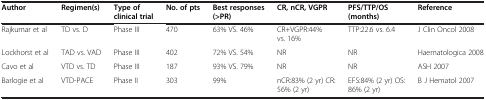
| Author | Regimen(s) | Type of clinical trial | No. of pts | Best responses (>PR) | CR, nCR, VGPR | PFS/TTP/OS (months) | Reference |
 | --- | --- | --- | --- | --- | --- | --- | --- |
 | Rajkumar et al | TD vs. D | Phase III | 470 | 63% VS. 46% | CR+VGPR:44% vs. 16% | TTP:22.6 vs. 6.4 | J Clin Oncol 2008 |
 | Lockhorst et al | TAD vs. VAD | Phase III | 402 | 72% VS. 54% | NR | NR | Haematologica 2008 |
 | Cavo et al | VTD vs. TD | Phase III | 187 | 93% VS. 79% | NR | NR | ASH 2007 |
 | Barlogie et al | VTD-PACE | Phase II | 303 | 99% | nCR:83% (2 yr) CR: 56% (2 yr) | EFS:84% (2 yr) OS: 86% (2 yr) | B J Hematol 2007 |